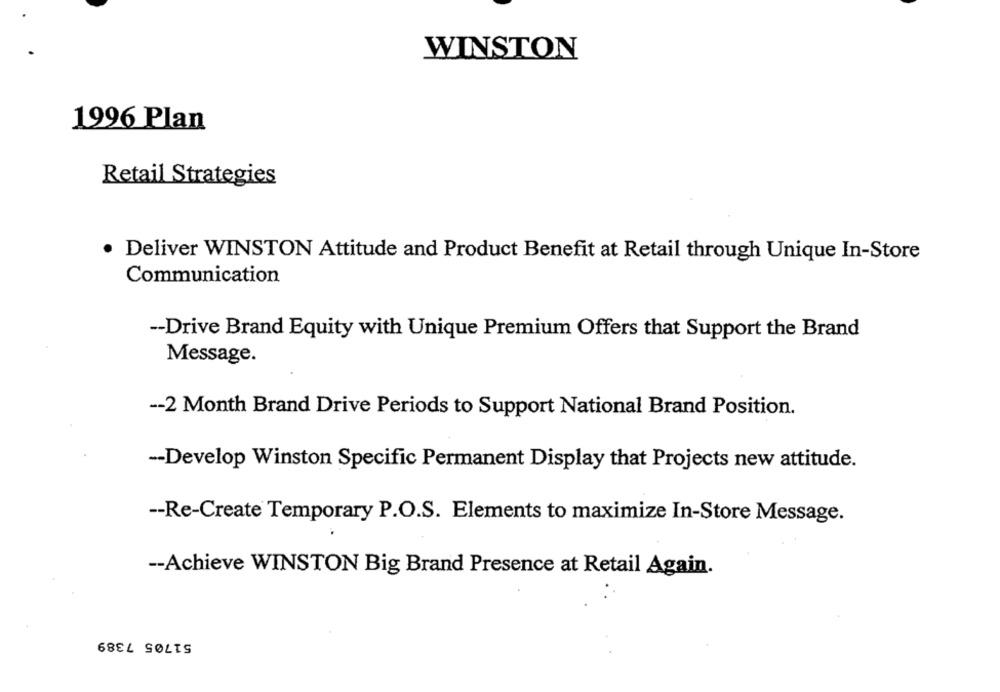
WINSTON
1996 Plan
Retail Strategies
· Deliver WINSTON Attitude and Product Benefit at Retail through Unique In-Store
Communication
-- Drive Brand Equity with Unique Premium Offers that Support the Brand
Message.
-- 2 Month Brand Drive Periods to Support National Brand Position.
-- Develop Winston Specific Permanent Display that Projects new attitude.
-- Re-Create Temporary P.O.S. Elements to maximize In-Store Message.
-- Achieve WINSTON Big Brand Presence at Retail Again.
51705 7389